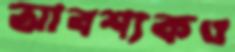
আবশ্যকও